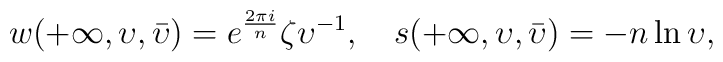
w(+\infty,\upsilon,\bar{\upsilon})=e^{\frac{2\pi i}{n}}\zeta {\upsilon}^{-1},~~~s(+\infty,\upsilon,\bar{\upsilon})=-n \ln{\upsilon},